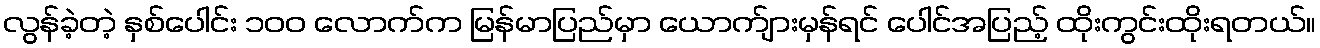
လွန်ခဲ့တဲ့ နှစ်ပေါင်း ၁၀၀ လောက်က မြန်မာပြည်မှာ ယောက်ျားမှန်ရင် ပေါင်အပြည့် ထိုးကွင်းထိုးရတယ်။